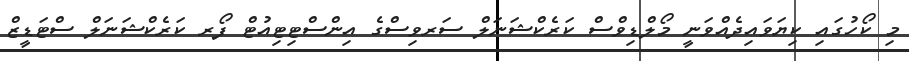
މި ކޯހުގައި ކިޔަވައިދެއްވަނީ މޯލްޑިވްސް ކަރެކްޝަނަލް ސަރވިސްގެ އިންސްޓިޓިއުޓް ފޯރ ކަރެކްޝަނަލް ސްޓަޑީޒް